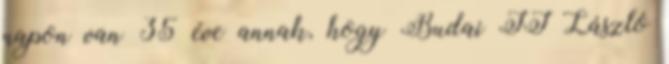
napon van 35 éve annak, hogy Budai II László